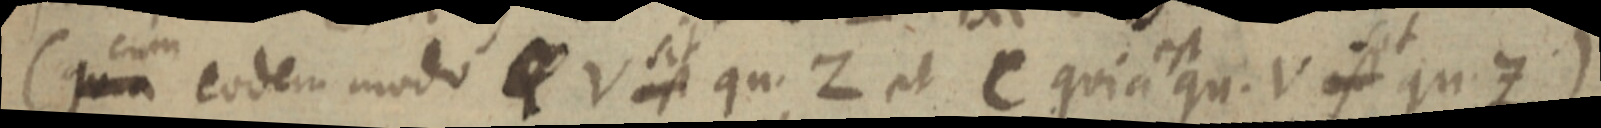
(quia eodem modo _ V sit qu. Z et C quia qu. V est qu. Z)